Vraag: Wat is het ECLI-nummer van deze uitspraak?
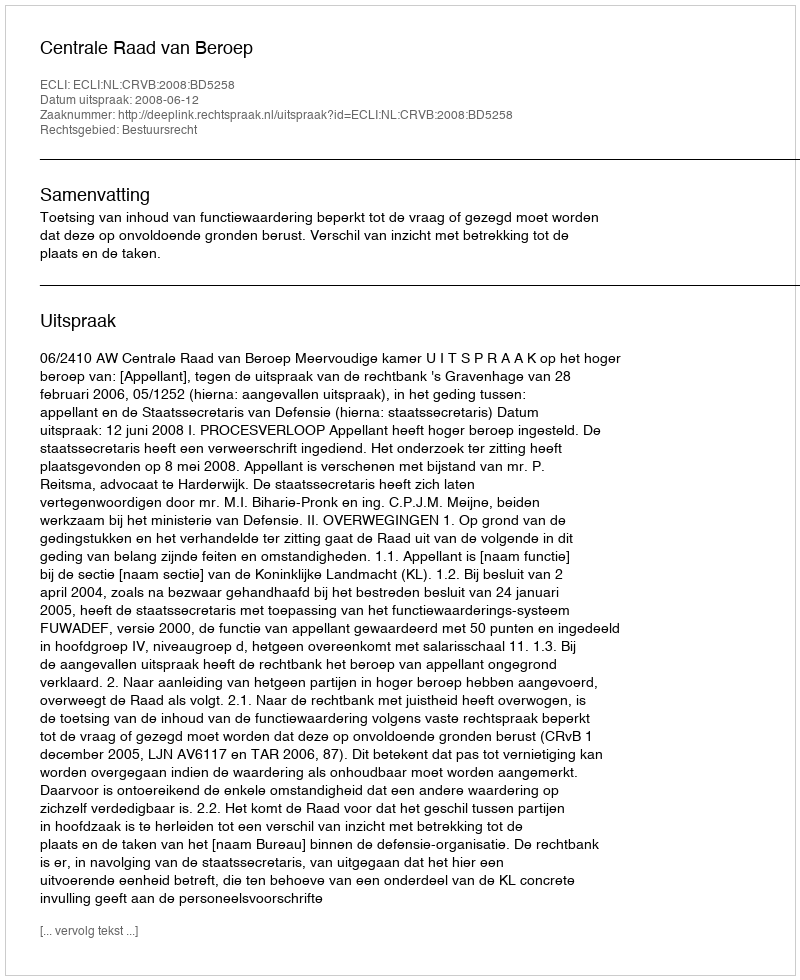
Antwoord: ECLI:NL:CRVB:2008:BD5258